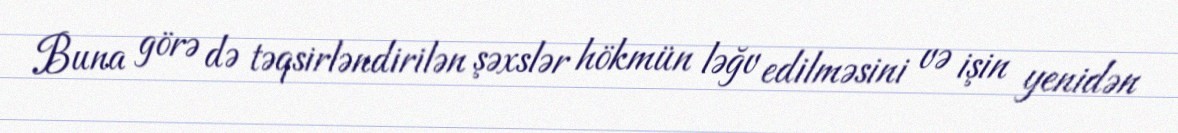
Buna görə də təqsirləndirilən şəxslər hökmün ləğv edilməsini və işin yenidən